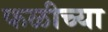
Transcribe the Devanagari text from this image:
फळीच्या